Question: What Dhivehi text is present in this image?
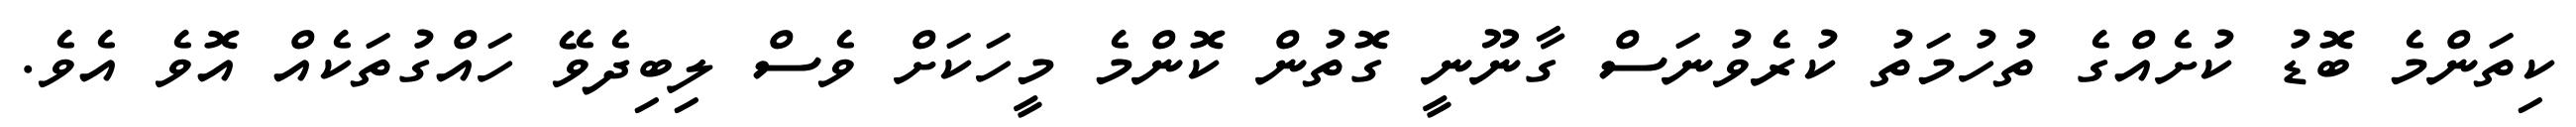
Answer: ކިތަންމެ ބޮޑު ކުށެއްގެ ތުހުމަތު ކުރެވުނަސް ގާނޫނީ ގޮތުން ކޮންމެ މީހަކަށް ވެސް ލިބިދެވޭ ހައްގުތަކެއް އޮވެ އެވެ.